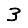
Digit: 3